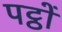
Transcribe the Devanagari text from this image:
पट्ठों